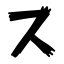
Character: ス